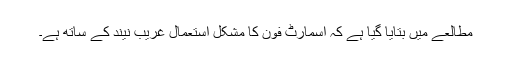
مطالعے میں بتایا گیا ہے کہ اسمارٹ فون کا مشکل استعمال غریب نیند کے ساتھ ہے۔